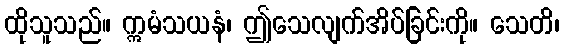
ထိုသူသည်။ ဣမံသယနံ၊ ဤသေလျက်အိပ်ခြင်းကို။ သေတိ၊